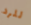
للرد